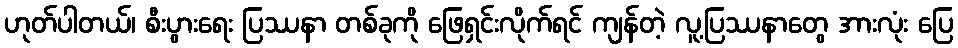
ဟုတ်ပါတယ်၊ စီးပွားရေး ပြဿနာ တစ်ခုကို ဖြေရှင်းလိုက်ရင် ကျန်တဲ့ လူ့ပြဿနာတွေ အားလုံး ပြေ